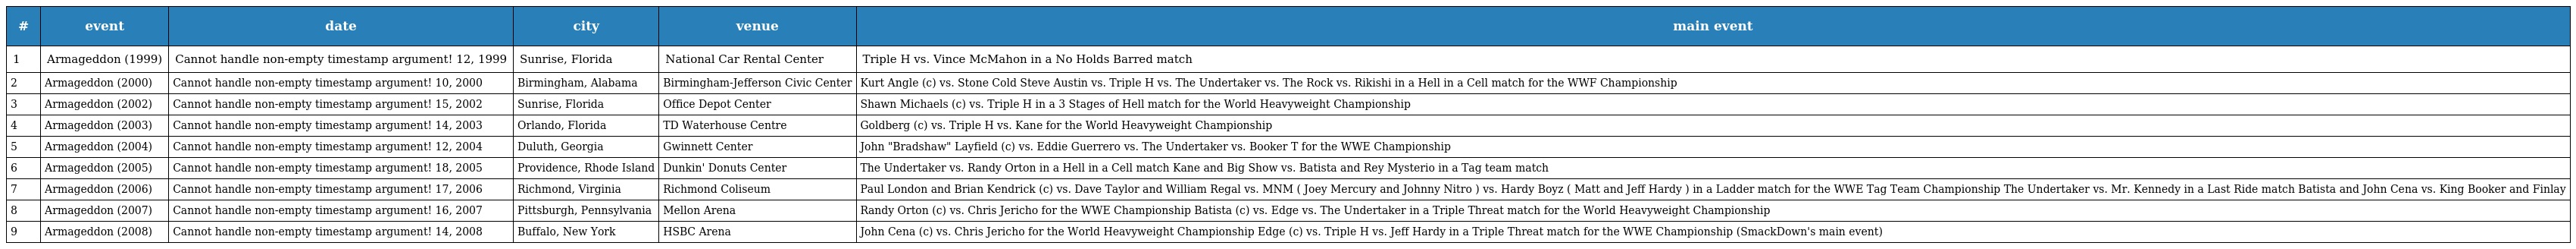
| # | event | date | city | venue | main event |
 | --- | --- | --- | --- | --- | --- |
 | 1 | Armageddon (1999) | Cannot handle non-empty timestamp argument! 12, 1999 | Sunrise, Florida | National Car Rental Center | Triple H vs. Vince McMahon in a No Holds Barred match |
 | 2 | Armageddon (2000) | Cannot handle non-empty timestamp argument! 10, 2000 | Birmingham, Alabama | Birmingham-Jefferson Civic Center | Kurt Angle (c) vs. Stone Cold Steve Austin vs. Triple H vs. The Undertaker vs. The Rock vs. Rikishi in a Hell in a Cell match for the WWF Championship |
 | 3 | Armageddon (2002) | Cannot handle non-empty timestamp argument! 15, 2002 | Sunrise, Florida | Office Depot Center | Shawn Michaels (c) vs. Triple H in a 3 Stages of Hell match for the World Heavyweight Championship |
 | 4 | Armageddon (2003) | Cannot handle non-empty timestamp argument! 14, 2003 | Orlando, Florida | TD Waterhouse Centre | Goldberg (c) vs. Triple H vs. Kane for the World Heavyweight Championship |
 | 5 | Armageddon (2004) | Cannot handle non-empty timestamp argument! 12, 2004 | Duluth, Georgia | Gwinnett Center | John "Bradshaw" Layfield (c) vs. Eddie Guerrero vs. The Undertaker vs. Booker T for the WWE Championship |
 | 6 | Armageddon (2005) | Cannot handle non-empty timestamp argument! 18, 2005 | Providence, Rhode Island | Dunkin' Donuts Center | The Undertaker vs. Randy Orton in a Hell in a Cell match Kane and Big Show vs. Batista and Rey Mysterio in a Tag team match |
 | 7 | Armageddon (2006) | Cannot handle non-empty timestamp argument! 17, 2006 | Richmond, Virginia | Richmond Coliseum | Paul London and Brian Kendrick (c) vs. Dave Taylor and William Regal vs. MNM ( Joey Mercury and Johnny Nitro ) vs. Hardy Boyz ( Matt and Jeff Hardy ) in a Ladder match for the WWE Tag Team Championship The Undertaker vs. Mr. Kennedy in a Last Ride match Batista and John Cena vs. King Booker and Finlay |
 | 8 | Armageddon (2007) | Cannot handle non-empty timestamp argument! 16, 2007 | Pittsburgh, Pennsylvania | Mellon Arena | Randy Orton (c) vs. Chris Jericho for the WWE Championship Batista (c) vs. Edge vs. The Undertaker in a Triple Threat match for the World Heavyweight Championship |
 | 9 | Armageddon (2008) | Cannot handle non-empty timestamp argument! 14, 2008 | Buffalo, New York | HSBC Arena | John Cena (c) vs. Chris Jericho for the World Heavyweight Championship Edge (c) vs. Triple H vs. Jeff Hardy in a Triple Threat match for the WWE Championship (SmackDown's main event) |